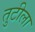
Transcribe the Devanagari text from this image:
तुटीला